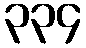
၃၃၄